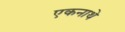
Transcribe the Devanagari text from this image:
एकनाथे